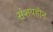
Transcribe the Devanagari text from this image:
संशयहीन